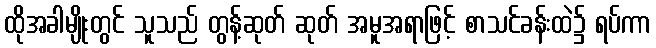
ထိုအခါမျိုးတွင် သူသည် တွန့်ဆုတ် ဆုတ် အမူအရာဖြင့် စာသင်ခန်းထဲ၌ ရပ်ကာ